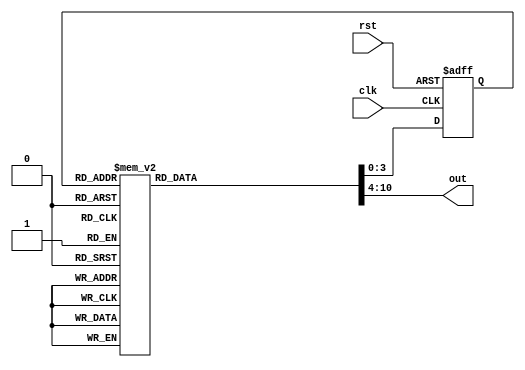
module seg7(clk,rst,out);

input clk,rst;
output [6:0] out;
reg [6:0] out;
reg [3:0] pre_state,nx_state;
parameter zero=0,one=1,two=2,three=3,four=4,five=5,six=6,seven=7,eight=8,nine=9;
parameter s0=7'b0111111,s1=7'b0000110,s2=7'b1011011,
		  s3=7'b1001111,s4=7'b1100110,s5=7'b1101101,
		  s6=7'b1111101,s7=7'b0000111,s8=7'b1111111,
		  s9=7'b1100111;

always @(posedge clk or posedge rst) begin
	if(rst)	pre_state<=zero;
	else pre_state<=nx_state;
end
always @(pre_state) 
	case(pre_state)
	zero:begin
		nx_state<=one;
		out<=s0;
	end
	one:begin
		nx_state<=two;
		out<=s1;
	end
	two:begin
		nx_state<=three;
		out<=s2;
	end
	three:begin
		nx_state<=four;
		out<=s3;
	end
	four:begin
		nx_state<=five;
		out<=s4;
	end
	five:begin
		nx_state<=six;
		out<=s5;
	end
	six:begin
		nx_state<=seven;
		out<=s6;
	end
	seven:begin
		nx_state<=eight;
		out<=s7;
	end
	eight:begin
		nx_state<=nine;
		out<=s8;
	end
	nine:begin
		nx_state<=zero;
		out<=s9;
	end
	default:begin
		nx_state<=0;
		out<=zero;
	end
	endcase


endmodule